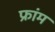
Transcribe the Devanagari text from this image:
फ्रांम